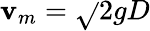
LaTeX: \mathbf{v}_{m}={\sqrt{}{{2gD}}}